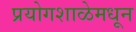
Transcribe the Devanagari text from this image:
प्रयोगशाळेमधून